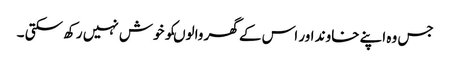
جس وہ اپنے خاوند اور اس کے گھر والوںکو خوش نہیں رکھ سکتی ۔